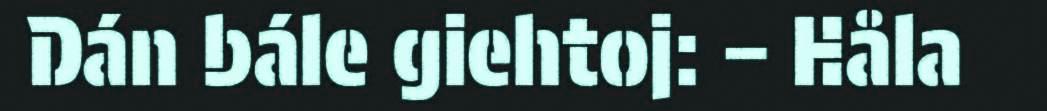
Dán bále giehtoj: – Håla